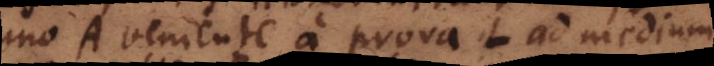
o A veniente a prora L ad medium